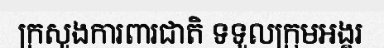
ក្រសួងការពារជាតិ ទទួលក្រុមអង្គរ